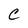
Character: C